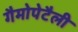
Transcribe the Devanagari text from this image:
गैमोपेटैली